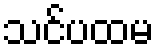
သင်ပထမ